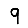
Digit: 9